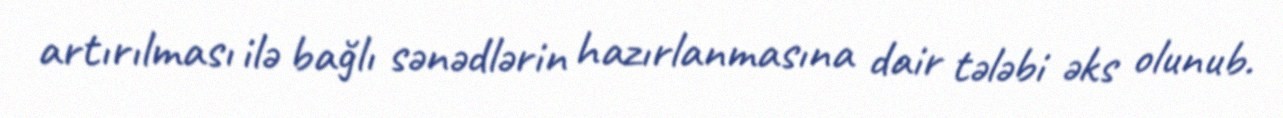
artırılması ilə bağlı sənədlərin hazırlanmasına dair tələbi əks olunub.